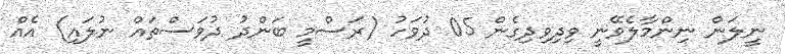
ނީލަން ނިންމާލެވޭނީ ވިދިވިދިގެން 05 ދުވަހު (ރަސްމީ ބަންދު ދުވަސްތައް ނުލައި) އެއް